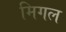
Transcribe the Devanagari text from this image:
मिगल